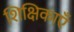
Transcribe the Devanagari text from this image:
शिक्षिकाएँ